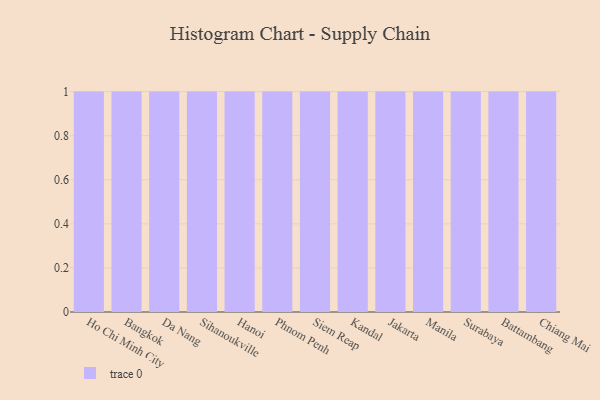
{"axis": {"x": "City", "y": "Population (Million)"}, "legend": [""], "data": [{"x": "Ho Chi Minh City", "y": 100, "type": ""}, {"x": "Bangkok", "y": 16, "type": ""}, {"x": "Da Nang", "y": 62, "type": ""}, {"x": "Sihanoukville", "y": 62, "type": ""}, {"x": "Hanoi", "y": 51, "type": ""}, {"x": "Phnom Penh", "y": 91, "type": ""}, {"x": "Siem Reap", "y": 4, "type": ""}, {"x": "Kandal", "y": 15, "type": ""}, {"x": "Jakarta", "y": 87, "type": ""}, {"x": "Manila", "y": 17, "type": ""}, {"x": "Surabaya", "y": 78, "type": ""}, {"x": "Battambang", "y": 59, "type": ""}, {"x": "Chiang Mai", "y": 11, "type": ""}]}